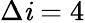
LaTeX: \Delta\mathit{i}=4